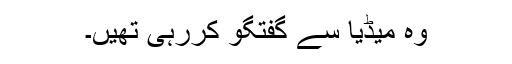
وہ میڈیا سے گفتگو کررہی تھیں۔